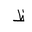
Letter: _za